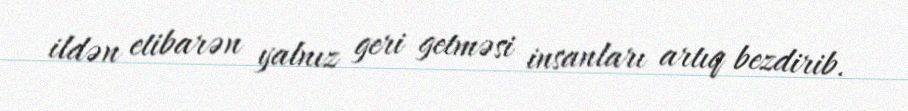
ildən etibarən yalnız geri getməsi insanları artıq bezdirib.